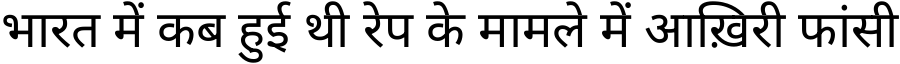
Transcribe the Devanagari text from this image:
भारत में कब हुई थी रेप के मामले में आख़िरी फांसी